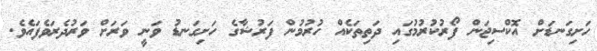
ހަށިގަނޑަށް އޮކްސިޖަން ފޯރުކުރުމުގައި ދަތިތަކެއް ހުރުމުން ފަރުޝާގެ ހަށިގަނޑު ވަނީ ވަރަށް ވަރުދެރަވެފައެވެ.